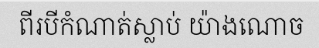
ពីរបីកំណាត់ស្លាប់ យ៉ាងណោច